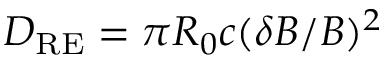
D _ { \mathrm { R E } } = \pi R _ { 0 } c ( \delta B / B ) ^ { 2 }